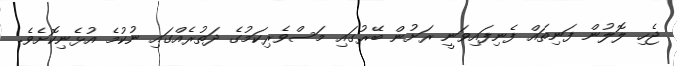
ޖެހި ލޮލުން ފަނިތައް ފެނިފައިވަނީ ރަށުން ބޭރުގައި މަސްވެރިކަމުގެ ދަތުރެއްގައި ނުކުމެ އުޅެނިކޮށެވެ.